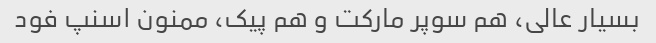
بسیار عالی، هم سوپر مارکت و هم پیک، ممنون اسنپ فود